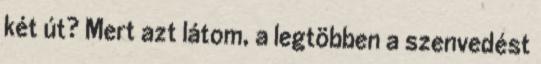
két út? Mert azt látom, a legtöbben a szenvedést